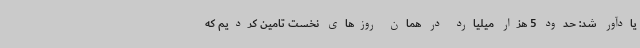
یادآور شد: حدود 5 هزار میلیارد در همان روزهای نخست تامین کردیم که